Leaving Certificate Examination (including Day School Certificate (Higher) General paper), 1933
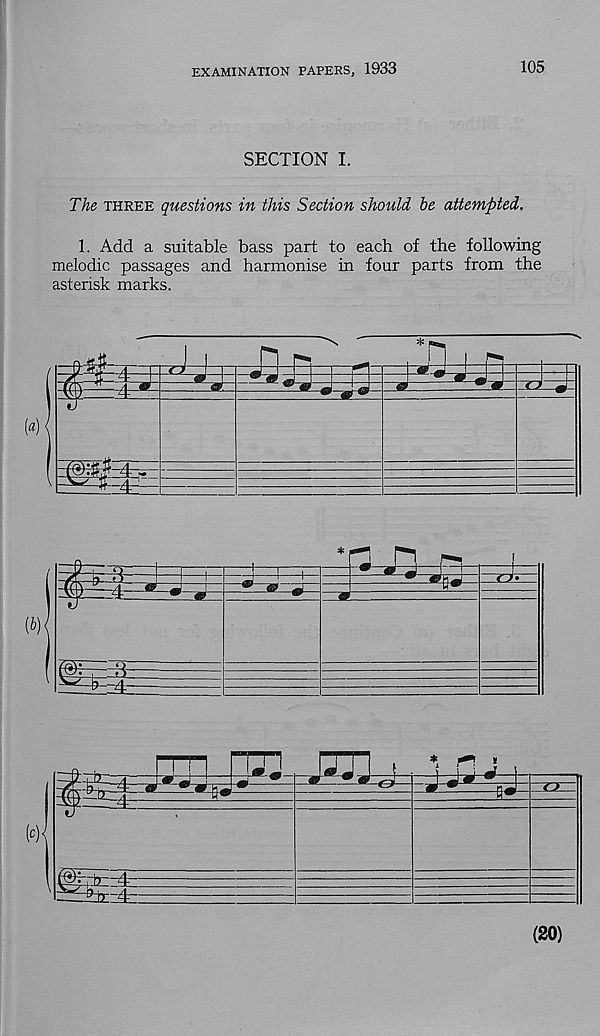
EXAMINATION PAPERS, 1933
105
SECTION I.
The three questions in this Section should he attempted.
1. Add a suitable bass part to each of the following
melodic passages and harmonise in four parts from the
asterisk marks.
(20)